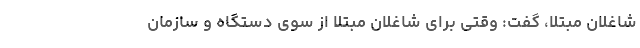
شاغلان مبتلا، گفت: وقتی برای شاغلان مبتلا از سوی دستگاه و سازمان